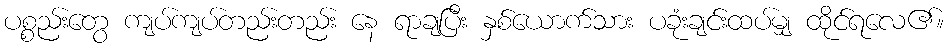
ပစ္စည်းတွေ ကျပ်ကျပ်တည်းတည်း နေ ရာချပြီး နှစ်ယောက်သား ပခုံးချင်းထပ်မျှ ထိုင်ရလေ၏။